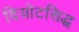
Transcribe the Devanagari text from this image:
दियोटसिद्ध